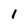
Character: 1